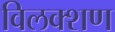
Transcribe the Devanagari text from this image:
विलक्शण